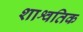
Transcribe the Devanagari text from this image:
शाश्वतिक